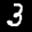
Label: 3